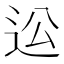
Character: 𨑪